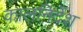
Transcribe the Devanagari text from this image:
कालनिर्देश